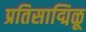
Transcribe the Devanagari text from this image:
प्रतिसाद्मिळू